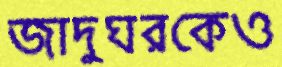
জাদুঘরকেও